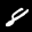
Label: 8